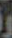
و